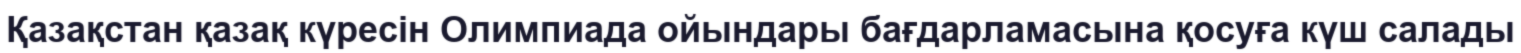
Қазақстан қазақ күресін Олимпиада ойындары бағдарламасына қосуға күш салады